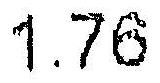
1.76